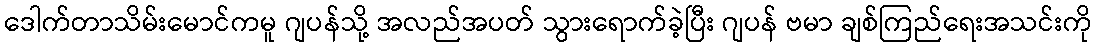
ဒေါက်တာသိမ်းမောင်ကမူ ဂျပန်သို့ အလည်အပတ် သွားရောက်ခဲ့ပြီး ဂျပန် ဗမာ ချစ်ကြည်ရေးအသင်းကို